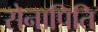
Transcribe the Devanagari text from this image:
सेनापिति